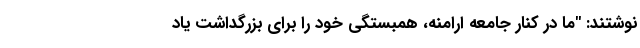
نوشتند: "ما در کنار جامعه ارامنه، همبستگی خود را برای بزرگداشت یاد